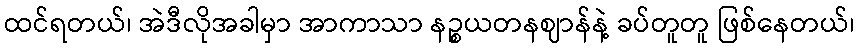
ထင်ရတယ်၊ အဲဒီလိုအခါမှာ အာကာသာ နဉ္စယတနဈာန်နဲ့ ခပ်တူတူ ဖြစ်နေတယ်၊